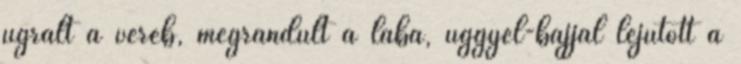
ugrált a veréb, megrándult a lába, üggyel-bajjal lejutott a